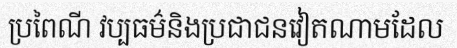
ប្រពៃណី វប្បធម៌និងប្រជាជនវៀតណាមដែល